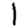
Digit: 1